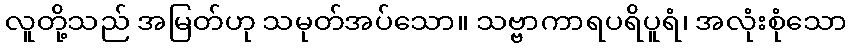
လူတို့သည် အမြတ်ဟု သမုတ်အပ်သော။ သဗ္ဗာကာရပရိပူရံ၊ အလုံးစုံသော